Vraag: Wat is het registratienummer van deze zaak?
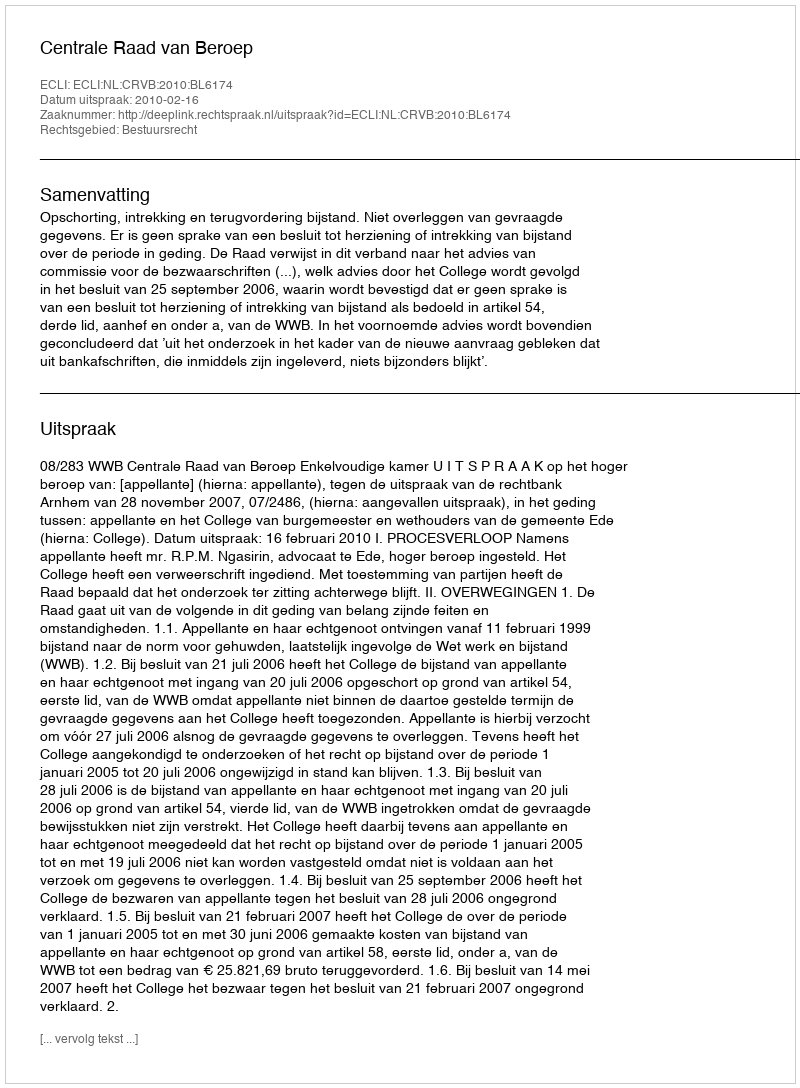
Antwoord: http://deeplink.rechtspraak.nl/uitspraak?id=ECLI:NL:CRVB:2010:BL6174